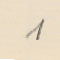
1